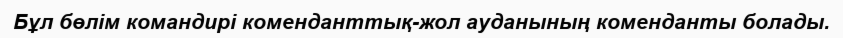
Бұл бөлім командирі коменданттық-жол ауданының коменданты болады.